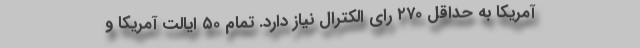
آمریکا به حداقل ۲۷۰ رای الکترال نیاز دارد. تمام ۵۰ ایالت آمریکا و